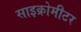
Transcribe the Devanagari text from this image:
साइक्रोमीटर